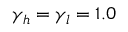
\gamma _ { h } = \gamma _ { l } = 1 . 0